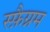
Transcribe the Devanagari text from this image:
स्फ़ैग्नम